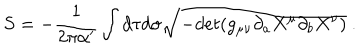
LaTeX: S = - { \frac { 1 } { 2 \pi \alpha ^ { \prime } } } \int d \tau d \sigma \sqrt { - d e t ( g _ { \mu \nu } \partial _ { a } X ^ { \mu } \partial _ { b } X ^ { \nu } ) } \ .